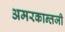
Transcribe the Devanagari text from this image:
अमरकान्तजी